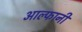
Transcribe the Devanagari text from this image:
आल्फानी